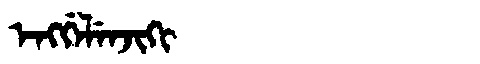
Manchu: ᡝᠩᡤᡝᠯᡝᠨᠵᡳᡴᡳ
Romanization: ENGGELENJIKI